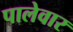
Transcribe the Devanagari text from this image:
पालेवार